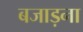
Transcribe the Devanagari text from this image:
बजाड़ना